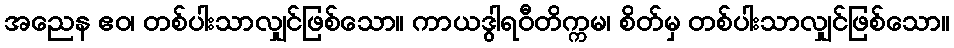
အညေန ဧဝ၊ တစ်ပါးသာလျှင်ဖြစ်သော။ ကာယဒွါရဝီတိက္ကမ၊ စိတ်မှ တစ်ပါးသာလျှင်ဖြစ်သော။